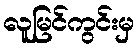
လူမြင်ကွင်းမှ